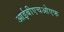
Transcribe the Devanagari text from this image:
आईबीएचओएफ